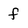
Character: f